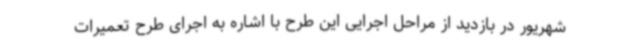
شهریور در بازدید از مراحل اجرایی این طرح با اشاره به اجرای طرح تعمیرات